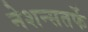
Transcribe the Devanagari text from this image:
नेशन्सतर्फे